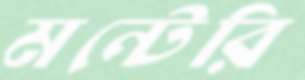
মন্টেরি